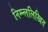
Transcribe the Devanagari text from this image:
निम्न्ललिखित